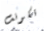
تكونت